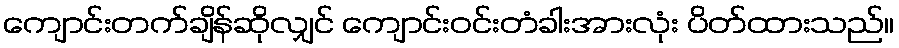
ကျောင်းတက်ချိန်ဆိုလျှင် ကျောင်းဝင်းတံခါးအားလုံး ပိတ်ထားသည်။